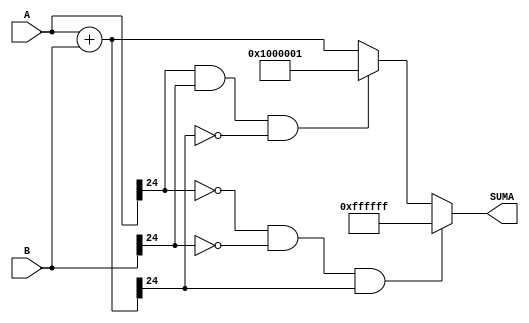
`timescale 1ns / 1ps
//////////////////////////////////////////////////////////////////////////////////
// Company: 
// Engineer: 
// 
// Design Name: 
// Module Name:    Suma 
// Project Name: 
// Target Devices: 
// Tool versions: 
// Description: 
//
// Dependencies: 
//
// Revision: 
// Revision 0.01 - File Created
// Additional Comments: 
//
//////////////////////////////////////////////////////////////////////////////////
module Suma
#(parameter N = 25)
(
	input wire signed[N-1:0] A, B,
	output reg signed[N-1:0] SUMA
    );

reg signed[N-1:0] SUMAAux;
reg [N-1:0] maximo;
reg [N-1:0] minimo;
reg [N:0] M,m;
always @*
	begin
	SUMAAux = A+B;
	
	M = (2**(N-1)-1); // se utiliza para quitar el warning de truncaiento 
	m = (2**(N-1)+1); // se utilia para quitar el warning de truncamiento
	maximo = M[N-1:0] ; // se determina el valor maximo que se puede represenatr con esta cantidad de bits 
	minimo = m[N-1:0]; // se determina el valor maximo que se puede represenatr con esta cantidad de bits
	end
	
always @*
begin
	if (A[N-1] == 0 && B[N-1] == 0 && SUMAAux[N-1] == 1)
		begin
		SUMA = maximo;
		end
	else if (A[N-1] == 1 && B[N-1] == 1 && SUMAAux[N-1] == 0)
		begin
		SUMA = minimo;
		end
	else
		SUMA = SUMAAux;	
end
endmodule